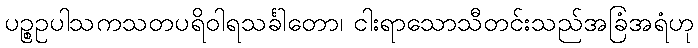
ပဉ္စဥပါသကသတပရိဝါရသင်္ခါတော၊ ငါးရာသောသီတင်းသည်အခြံအရံဟု